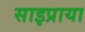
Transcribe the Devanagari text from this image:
साइप्राया